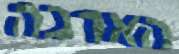
הארבה